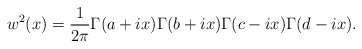
\begin{align*}w^2(x) = {1\over 2\pi} \Gamma(a+ix)\Gamma(b+ix)\Gamma(c-ix)\Gamma(d-ix).\end{align*}